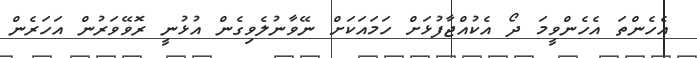
އެހެންތަ އެހެންވީމަ ދޯ އެކުއްޖާފުޅަށް ހަމައަކަށް ނޭވާނުލެވިގެން އުޅުނީ ރޮވޭވަރުން އަހަރެން